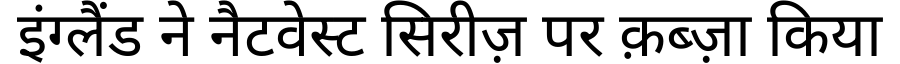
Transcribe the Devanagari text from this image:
इंग्लैंड ने नैटवेस्ट सिरीज़ पर क़ब्ज़ा किया